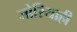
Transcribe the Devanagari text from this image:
जोरियाही